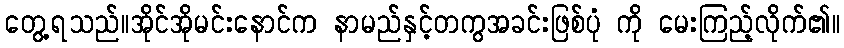
တွေ့ရသည်။အိုင်အိုမင်းနောင်က နာမည်နှင့်တကွအခင်းဖြစ်ပုံ ကို မေးကြည့်လိုက်၏။